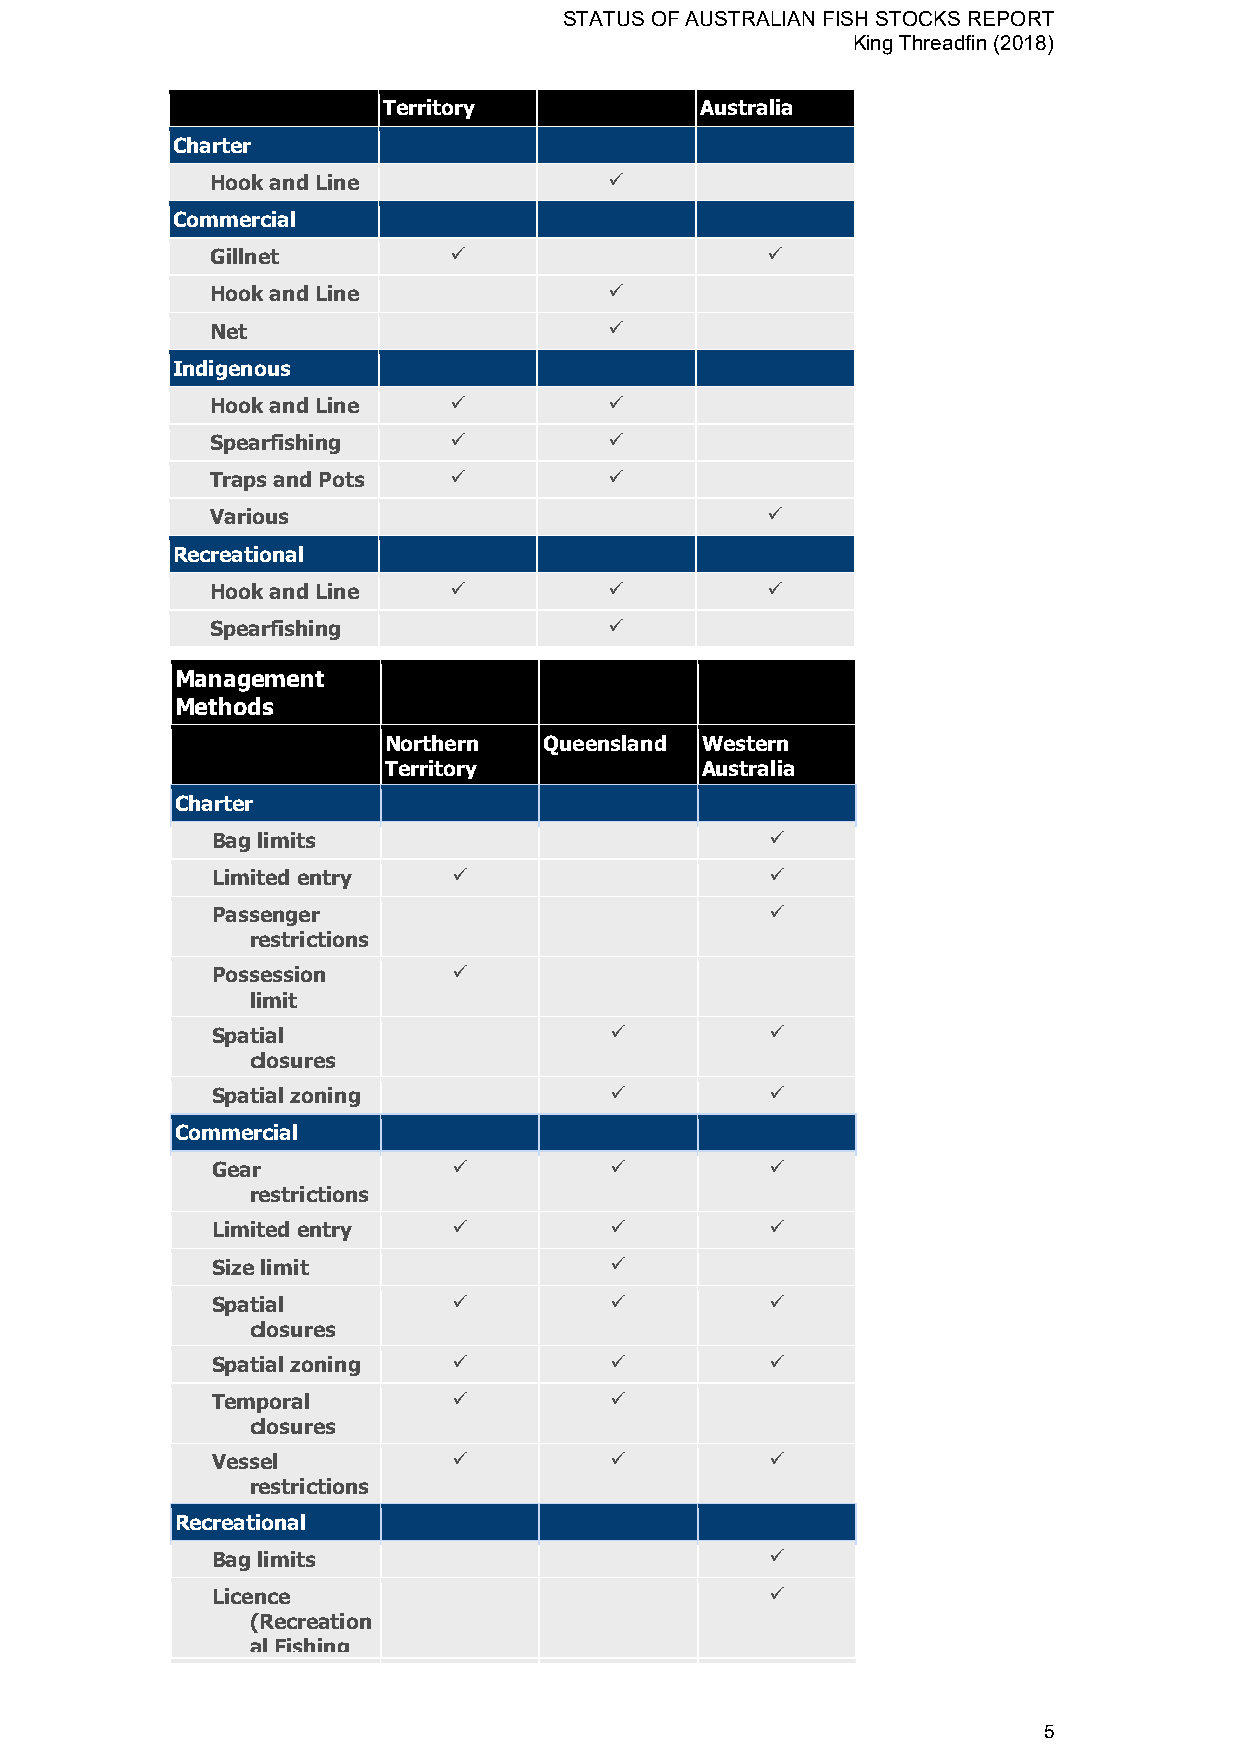
STATUS OF AUSTRALIAN FISH STOCKS REPORT
 King Threadfin (2018)
 Territory            Australia
 Charter
 Hook and Line
 
 Commercial
 Gillnet
                     
 Hook and Line
 
 Net
 
 Indigenous
 Hook and Line
          
 Spearfishing
          
 Traps and Pots
          
 Various
 
 Recreational
 Hook and Line
                    
 Spearfishing
 
 Management
 Methods
 Northern   Queensland Western
 Territory            Australia
 Charter
 Bag limits
 
 Limited entry
                     
 Passenger
 
 restrictions
 Possession
 
 limit
 Spatial
           
 closures
 Spatial zoning
           
 Commercial
 Gear
                    
 restrictions
 Limited entry
                    
 Size limit
 
 Spatial
                    
 closures
 Spatial zoning
                    
 Temporal
          
 closures
 Vessel
                    
 restrictions
 Recreational
 Bag limits
 
 Licence
 
 (Recreation
 al Fishing
 5